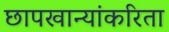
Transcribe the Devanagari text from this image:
छापखान्यांकरिता